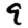
Digit: 9